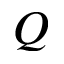
\boldsymbol { Q }